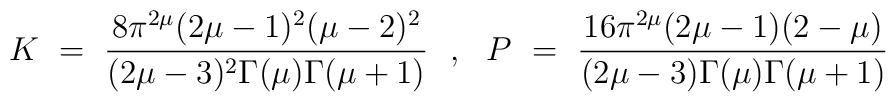
K ~=~ \frac{8\pi^{2\mu}(2\mu-1)^2(\mu-2)^2}{(2\mu-3)^2 \Gamma(\mu)\Gamma(\mu+1)} ~~,~~ P ~=~ \frac{16\pi^{2\mu}(2\mu-1)(2-\mu)}{(2\mu-3)\Gamma(\mu) \Gamma(\mu+1)}